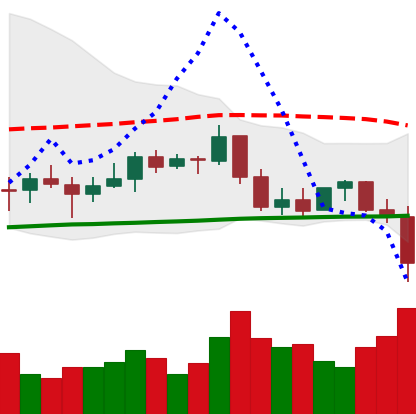
Ticker: BNB-USD
Chart end date: 2022-01-05
Forward return: -10.551%
Label: down_7plus